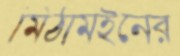
মিঠামইনের